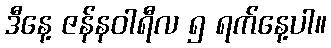
ဒီနေ့ ဇန်နဝါရီလ ၅ ရက်နေ့ပါ။